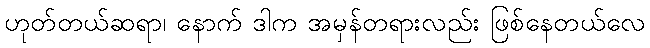
ဟုတ်တယ်ဆရာ၊ နောက် ဒါက အမှန်တရားလည်း ဖြစ်နေတယ်လေ